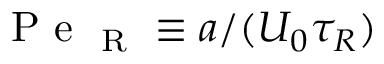
\mathrm { ~ P ~ e ~ } _ { \mathrm { ~ R ~ } } \equiv a / ( U _ { 0 } \tau _ { R } )